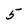
Character: 5